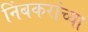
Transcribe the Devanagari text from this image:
निंबकरांच्या